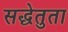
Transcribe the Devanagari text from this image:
सद्धेतुता